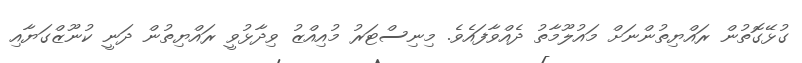
ގުޅޭގޮތުން ރައްޔިތުންނަށް މައުލޫމާތު ދެއްވާފައެވެ. މިނިސްޓަރު މުއިއްޒު ވިދާޅުވީ ރައްޔިތުން ދަނީ ކުނޫޒްގަޔާއި